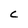
Character: c